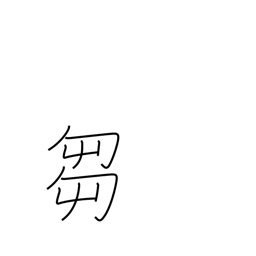
Meaning: grass cutting